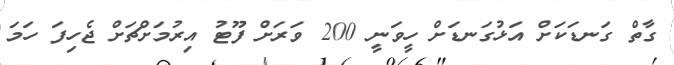
ގާތް ގަނޑަކަށް އަޅުގަނޑަށް ހީވަނީ 200 ވަރަށް ފޫޓު އިރުމަށްޗަށް ޖެހިފަ ހަމަ